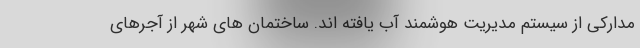
مدارکی از سیستم مدیریت هوشمند آب یافته اند. ساختمان های شهر از آجرهای